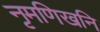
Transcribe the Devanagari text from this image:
नृमणिखनि